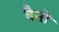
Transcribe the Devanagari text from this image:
वैनों